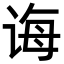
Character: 诲